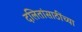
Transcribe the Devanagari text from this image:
दलितांसाठींच्या